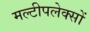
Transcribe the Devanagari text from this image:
मल्टीपलेक्सों